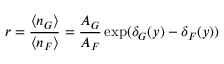
r = \frac { \langle n _ { G } \rangle } { \langle n _ { F } \rangle } = \frac { A _ { G } } { A _ { F } } \exp ( \delta _ { G } ( y ) - \delta _ { F } ( y ) )